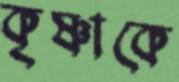
কৃষ্ণাকে